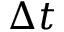
\Delta t